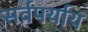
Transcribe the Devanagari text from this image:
सर्वपर्याय